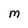
Character: M